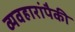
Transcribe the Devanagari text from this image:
व्यवहारांपैकी